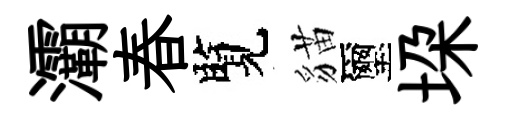
灞春覽貓璽垜